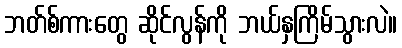
ဘတ်စ်ကားတွေ ဆိုင်လွန်ကို ဘယ်နှကြိမ်သွားလဲ။